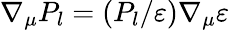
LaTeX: \nabla_{\mu}P_{l}=(P_{l}/\varepsilon)\nabla_{\mu}\varepsilon